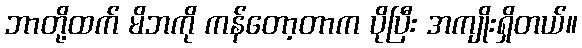
ဘာတို့ထက် မိဘကို ကန်တော့တာက ပိုပြီး အကျိုးရှိတယ်။